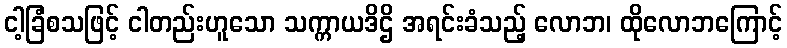
ငါ့ခြံစသဖြင့် ငါတည်းဟူသော သက္ကာယဒိဌိ အရင်းခံသည့် လောဘ၊ ထိုလောဘကြောင့်